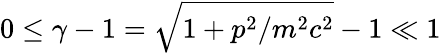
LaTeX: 0\leq\gamma-1=\sqrt{1+p^{2}/m^{2}c^{2}}-1\ll 1